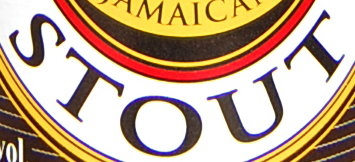
STOUT